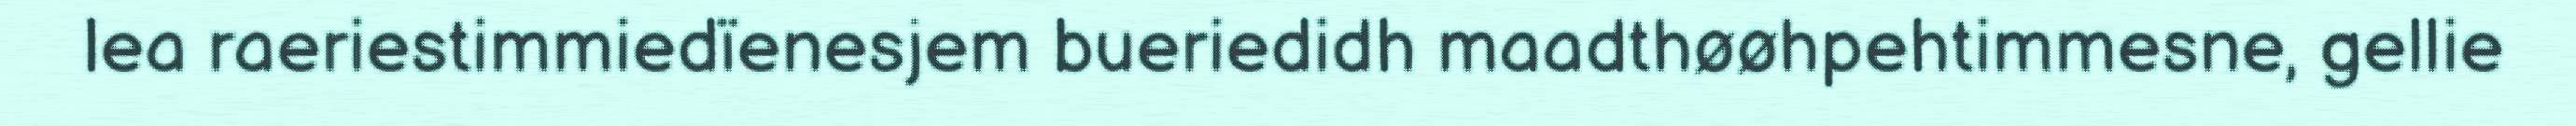
lea raeriestimmiedïenesjem bueriedidh maadthøøhpehtimmesne, gellie